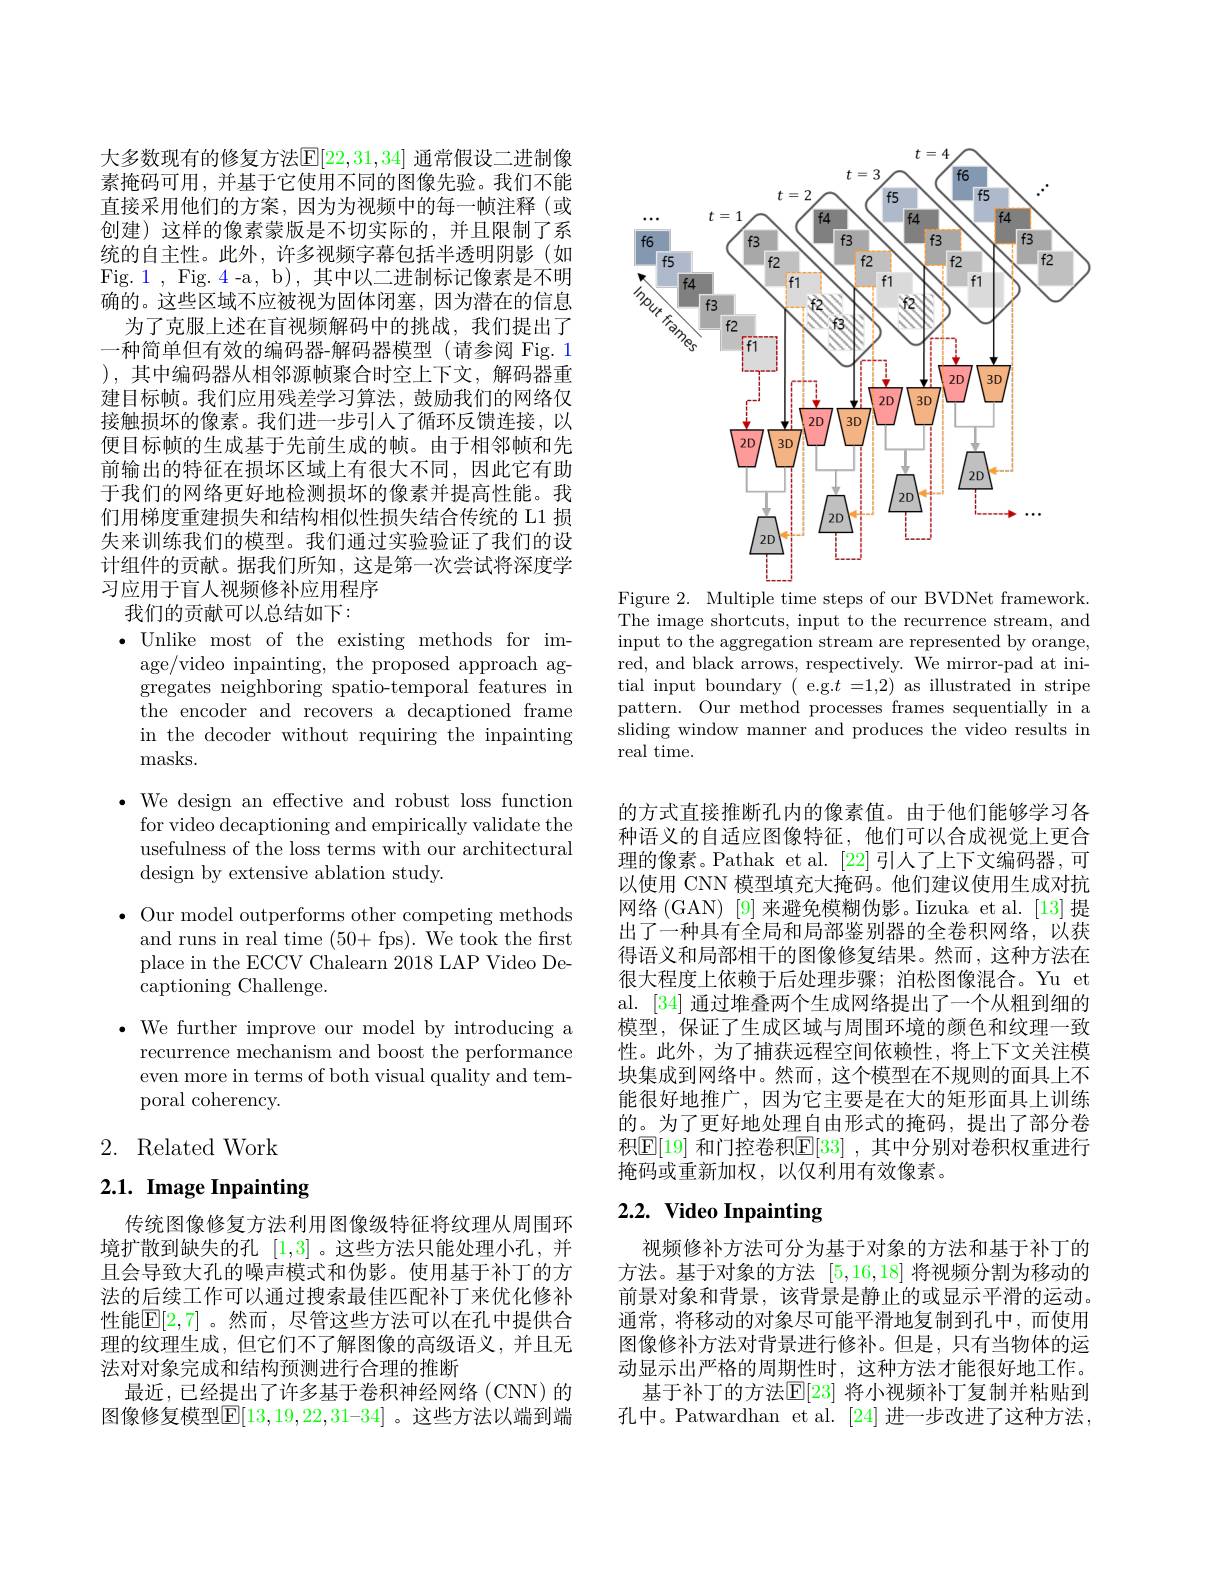
大多数现有的修复方法$\mathbb{E}[22,31,34]$ 通常假设二进制像素掩码可用，并基于它使用不同的图像先验。我们不能直接采用他们的方案，因为为视频中的每一帧注释(或创建)这样的像素蒙版是不切实际的，并且限制了系统的自主性。此外，许多视频字幕包括半透明阴影(如Fig. 1 , Fig. 4 - a, b) , 其 中 以 二 进 制 标 记 像 素 是 不 明 确的。这些区域不应被视为固体闭塞，因为潜在的信息
为了克服上述在盲视频解码中的挑战，我们提出了一种简单但有效的编码器-解码器模型(请参阅 Fig. 1 ),其中编码器从相邻源帧聚合时空上下文，解码器重建目标帧。我们应用残差学习算法，鼓励我们的网络仅接触损坏的像素。我们进一步引入了循环反馈连接，以便目标帧的生成基于先前生成的帧。由于相邻帧和先前输出的特征在损坏区域上有很大不同，因此它有助于我们的网络更好地检测损坏的像素并提高性能。我们用梯度重建损失和结构相似性损失结合传统的 L1 损失来训练我们的模型。我们通过实验验证了我们的设计组件的贡献。据我们所知，这是第一次尝试将深度学习应用于盲人视频修补应用程序

我们的贡献可以总结如下：
$\bullet$Unlike most of the existing methods for im-
age/video inpainting, the proposed approach aggregates neighboring spatio-temporal features in the encoder and recovers a decaptioned frame in the decoder without requiring the inpainting masks.
$\bullet$ We design an effective and robust loss function
for video decaptioning and empirically validate the usefulness of the loss terms with our architectural design by extensive ablation study.
$\bullet$ Our model outperforms other competing methods
and runs in real time (50+fps). We took the frst place in the ECCV Chalearn 2018 LAP Video Decaptioning Challenge.
$\bullet$ We further improve our model by introducing a
recurrence mechanism and boost the performance even more in terms of both visual quality and temporal coherency. 2. Related Work

2.1. Image Inpainting

传统图像修复方法利用图像级特征将纹理从周围环境扩散到缺失的孔[1,3] 。这些方法只能处理小孔，并且会导致大孔的噪声模式和伪影。使用基于补丁的方法的后续工作可以通过搜索最佳匹配补丁来优化修补性能$\mathbb{E}[2,7]$。然而，尽管这些方法可以在孔中提供合理的纹理生成，但它们不了解图像的高级语义，并且无法对对象完成和结构预测进行合理的推断
最近，已经提出了许多基于卷积神经网络(CNN)的图像修复模型$\mathbb{E}[13,19,22,31–34]$ 。这些方法以端到端

<FigureHere>

Figure 2. Multiple time steps of our BVDNet framework. The image shortcuts, input to the recurrence stream, and input to the aggregation stream are represented by orange, red, and black arrows, respectively. We mirror-pad at initial input boundary ( e.g.$t=1,2)$ as illustrated in stripe pattern. Our method processes frames sequentially in a sliding window manner and produces the video results in real time.

的方式直接推断孔内的像素值。由于他们能够学习各种语义的自适应图像特征，他们可以合成视觉上更合理的像素。Pathak et al. [22]引人了上下文编码器，可以使用 CNN 模型填充大掩码。他们建议使用生成对抗网络 (GAN) [9] 来避免模糊伪影。Iizuka et al.[13] 提出了一种具有全局和局部鉴别器的全卷积网络，以获得语义和局部相干的图像修复结果。然而，这种方法在很大程度上依赖于后处理步骤；泊松图像混合。Yu et al. [34] 通过堆叠两个生成网络提出了一个从粗到细的模型，保证了生成区域与周围环境的颜色和纹理一致性。此外，为了捕获远程空间依赖性，将上下文关注模块集成到网络中。然而，这个模型在不规则的面具上不能很好地推广，因为它主要是在大的矩形面具上训练的。为了更好地处理自由形式的掩码，提出了部分卷积$\boxed{\mathbb{E}}[19]$ 和门控卷积$\boxed{\mathbb{E}}[33]$, 其中分别对卷积权重进行掩码或重新加权，以仅利用有效像素。

# 2.2. Video Inpainting

视频修补方法可分为基于对象的方法和基于补丁的方法。基于对象的方法[5,16,18]将视频分割为移动的前景对象和背景，该背景是静止的或显示平滑的运动。通常，将移动的对象尽可能平滑地复制到孔中，而使用图像修补方法对背景进行修补。但是，只有当物体的运动显示出严格的周期性时，这种方法才能很好地工作。
基于补丁的方法$\mathbb{E}[23]$ 将小视频补丁复制并粘贴到孔中。Patwardhan et al. [24] 进一步改进了这种方法，